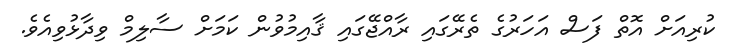
ކުރިއަށް އޮތް ފަސް އަހަރުގެ ތެރޭގައި ރާއްޖޭގައި ޤާއިމުވުން ކަމަށް ސާލިމް ވިދާޅުވިއެވެ.